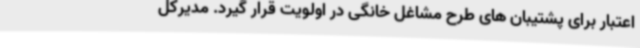
اعتبار برای پشتیبان های طرح مشاغل خانگی در اولویت قرار گیرد. مدیرکل